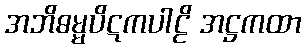
အဘိဓမ္မပိဋကပါဠိ အဋ္ဌကထာ